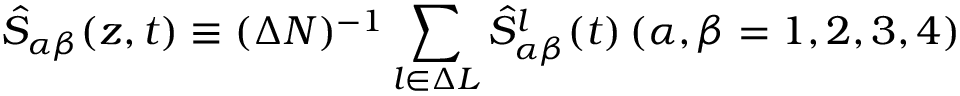
\hat { S } _ { \alpha \beta } ( z , t ) \equiv ( \Delta N ) ^ { - 1 } \sum _ { l \in \Delta L } \hat { S } _ { \alpha \beta } ^ { l } ( t ) \, ( \alpha , \beta = 1 , 2 , 3 , 4 )